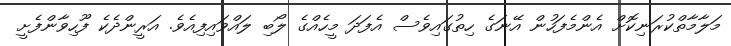
މަލާމާތްކުރަނިކޮށް އެންމެފަހުން އޭނަގެ ހިތުގައިވެސް އެފަދަ މީހެއްގެ ލޯބި ލައްވައިފިއެވެ. އަރީންދެކެ ފޫހިވާންފެށީ